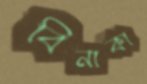
বিনাকা